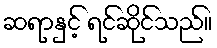
ဆရာနှင့် ရင်ဆိုင်သည်။